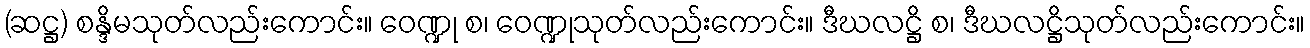
(ဆဋ္ဌ) စန္ဒိမသုတ်လည်းကောင်း။ ဝေဏ္ဍု စ၊ ဝေဏ္ဍုသုတ်လည်းကောင်း။ ဒီဃလဋ္ဌိ စ၊ ဒီဃလဋ္ဌိသုတ်လည်းကောင်း။